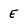
Character: E